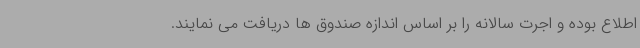
اطلاع بوده و اجرت سالانه را بر اساس اندازه صندوق ها دریافت می نمایند.